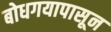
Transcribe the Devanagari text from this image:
बोधगयापासून